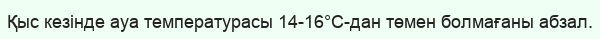
Қыс кезінде ауа температурасы 14-16°С-дан төмен болмағаны абзал.